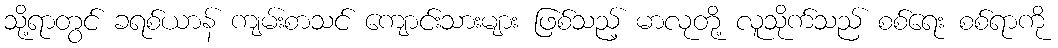
သို့ရာတွင် ခရစ်ယာန် ကျမ်းစာသင် ကျောင်းသားများ ဖြစ်သည့် မာလုတို့ လူသိုက်သည် စစ်ရေး စစ်ရာကို